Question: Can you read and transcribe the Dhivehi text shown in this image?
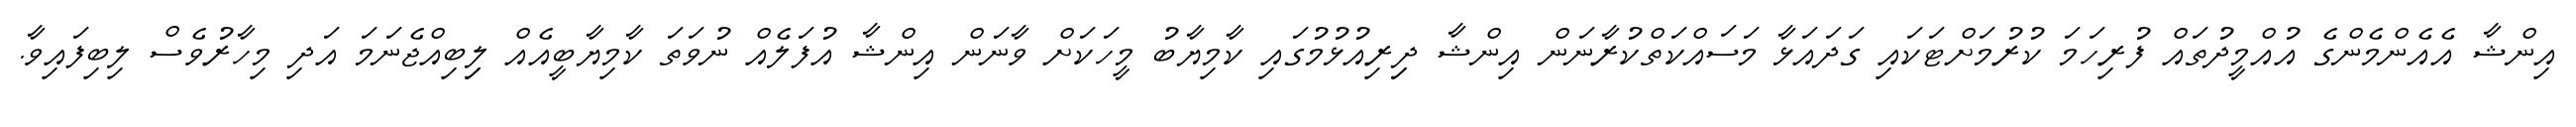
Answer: އިންޝާ އެއެންމެންގެ އުއްމީދުތައް ފުރިހަމަ ކުރުމަށްޓަކައި ގަދައަޅާ މަސައްކަތްކުރާނަން އިންޝާ ދިިރިއުޅުމުގައި ކާމިޔާބު މީހަކަށް ވާނަން އިންޝާ އުފަލެއް ނުވަތަ ކާމިޔާބީއެއް ލިިބިއްޖެނަމަ އަދި މިހާރުވެސް ލިބިފައިވާ.